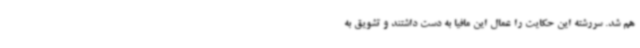
هم شد. سررشته این حکایت را عمال این مافیا به دست داشتند و تشویق به